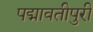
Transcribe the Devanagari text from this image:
पद्मावतीपुरी